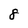
Character: 8